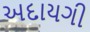
અદાયગી